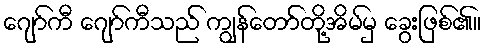
ဂျော်ကီ ဂျော်ကီသည် ကျွန်တော်တို့အိမ်မှ ခွေးဖြစ်၏။